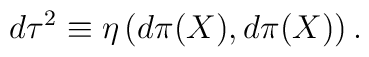
d\tau^2 \equiv \eta\left(d\pi(X),d\pi(X)\right).